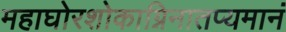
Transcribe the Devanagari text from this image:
महाघोरशोकाग्निनातप्यमानं